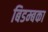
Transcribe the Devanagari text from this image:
बिडम्बका